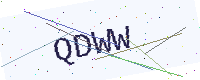
Text: QDWW